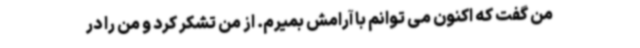
من گفت که اکنون می توانم با آرامش بمیرم. از من تشکر کرد و من را در